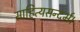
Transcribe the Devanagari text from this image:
साहित्यसन्दर्भ।